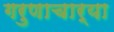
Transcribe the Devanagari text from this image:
गरुणाचार्या